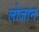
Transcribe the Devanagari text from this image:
लोजान